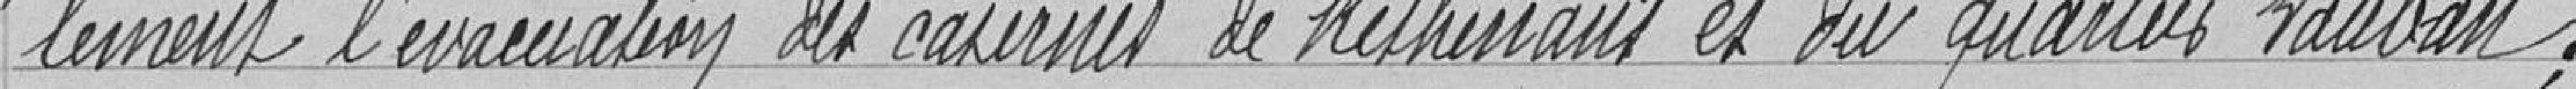
lement l'évacuation des casernes de Rethenans et des quartiers Vauban;